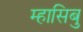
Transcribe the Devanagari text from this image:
म्हासिबु